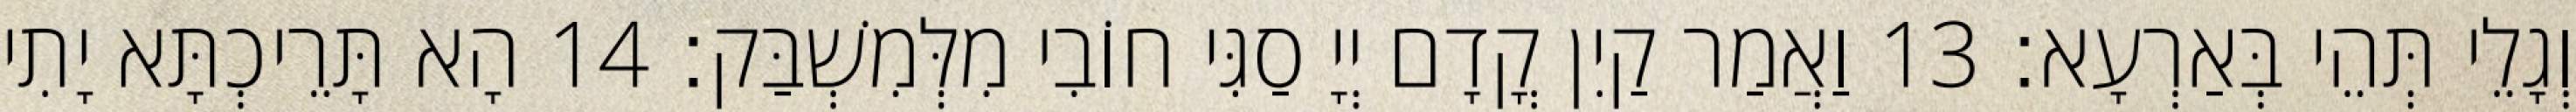
וְגָלֵי תְּהֵי בְּאַרְעָא׃ 13 וַאֲמַר קַיִן קֳדָם יְיָ סַגִּי חוֹבִי מִלְּמִשְׁבַּק׃ 14 הָא תָּרֵיכְתָּא יָתִי